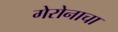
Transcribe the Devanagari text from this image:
गेरोनाचा